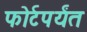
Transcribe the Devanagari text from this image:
फोर्टपर्यंत